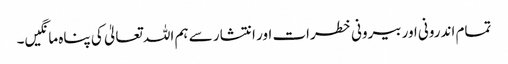
تمام اندرونی اور بیرونی خطرات اور انتشار سے ہم اللہ تعالیٰ کی پناہ مانگیں۔